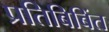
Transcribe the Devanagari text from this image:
प्रतिबिबिंत